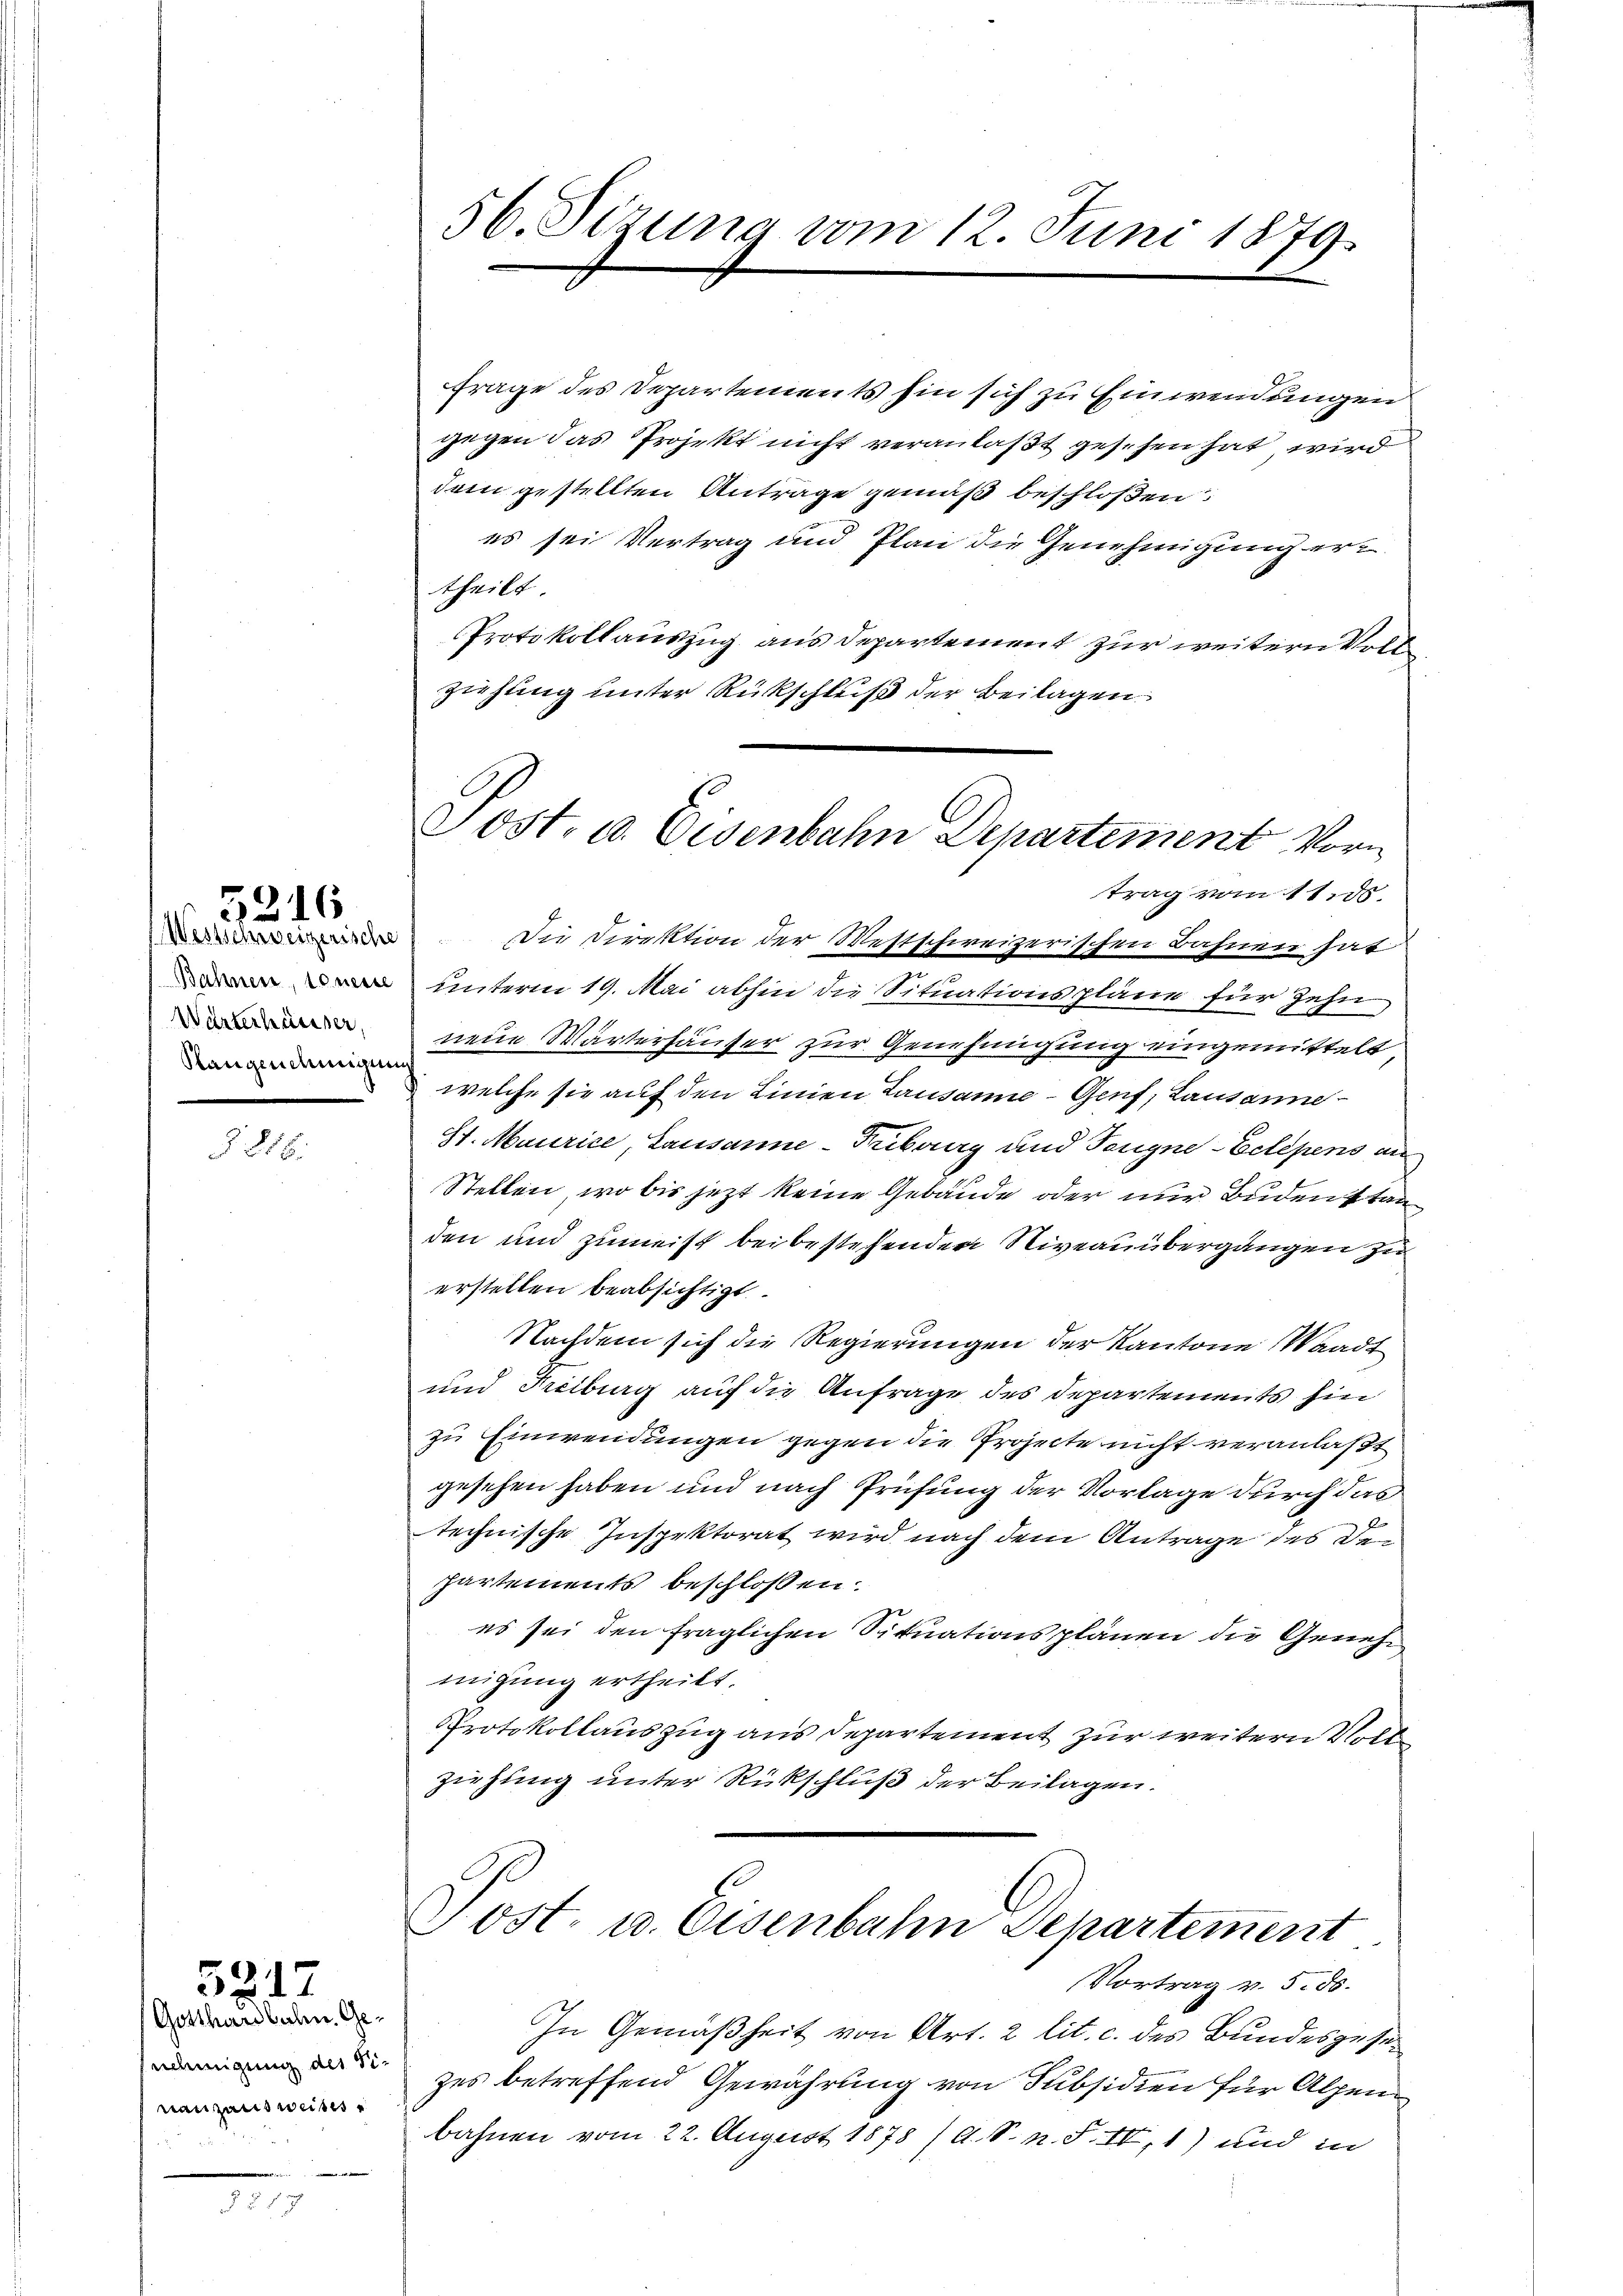
Westschweizerische
Bahnen, so neue
Wärterhäusser,
Rangenehmigung

5216

816.

5217

Gotthardbahn, Genehmigung der Sinanzausweises

i

56. Sizung vom 12. Juni 1879.

Sost. a. Eisenbahn Departement Vorn
trag vom 11. ds.

Frage des Departements hin sich zu Einwendungen
gegen das Projekt nicht veranlaßt gesehen hat wird
dem gestellten Antrage gemäß beschloßen
es sei Vertrag und Plan die Genehmigung ert
theilt
Protokollauszug aus Departement zur weitern Vollziehung unter Rückschluß der Beilagen.
Die Direktion der Westschweizerischen Bahnen hat
unterm 19. Mai abhin die Situationspläne für zehn
neue Wärterhäuser zur Genehmigung eingemittelt
welche sie auf den Linien Lausanne - Genf, Lausanne
St. Maurice, Lausanne - Fribourg und Teugne-Eclepens an¬
Stellen, wo bis jetzt keine Gebäude oder nur Buden stan
den und zumeist bei bestehenden Niveauübergangen zu
erstellen beabsichtigt.
Nachdem sich die Regierungen der Kantone Waadt
und Freiburg auf die Anfrage des Departements hin
zu Einwendungen gegen die Projecte nicht veranlaßt
gesehen haben und nach Prüfung der Vorlage durch das
technische Inspektorat wird nach dem Antrage des Departements beschlossen:
es sei den fraglichen Situationsplänen die Genehmigung ertheilt.
Protokollauszug aus Departement zur weitern Vollziehung unter Rückschluß der Beilagen.

Post- u. Eisenbahn Departement
Vortrag v. 5. 55.

In Gemäßheit von Art. 2 lit. c. des Bundesgesezes betreffend Gewährung von Subsidien für Alpenbahnen vom 22. August 1878 /A. S. n. F. IV, 1) und in